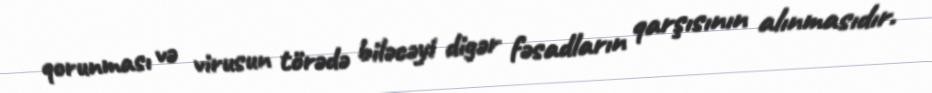
qorunması və virusun törədə biləcəyi digər fəsadların qarşısının alınmasıdır.